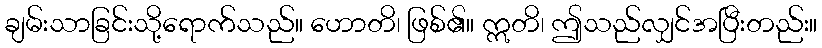
ချမ်းသာခြင်းသို့ရောက်သည်။ ဟောတိ၊ ဖြစ်၏။ ဣတိ၊ ဤသည်လျှင်အပြီးတည်း။